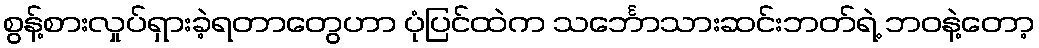
စွန့်စားလှုပ်ရှားခဲ့ရတာတွေဟာ ပုံပြင်ထဲက သင်္ဘောသားဆင်းဘတ်ရဲ့ ဘဝနဲ့တော့